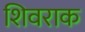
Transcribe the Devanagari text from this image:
शिवराक